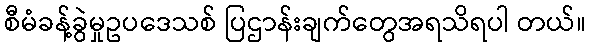
စီမံခန့်ခွဲမှုဥပဒေသစ် ပြဌာန်းချက်တွေအရသိရပါ တယ်။